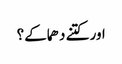
اور کتنے دھماکے؟